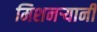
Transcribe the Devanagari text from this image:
मिशनर्‍यानी